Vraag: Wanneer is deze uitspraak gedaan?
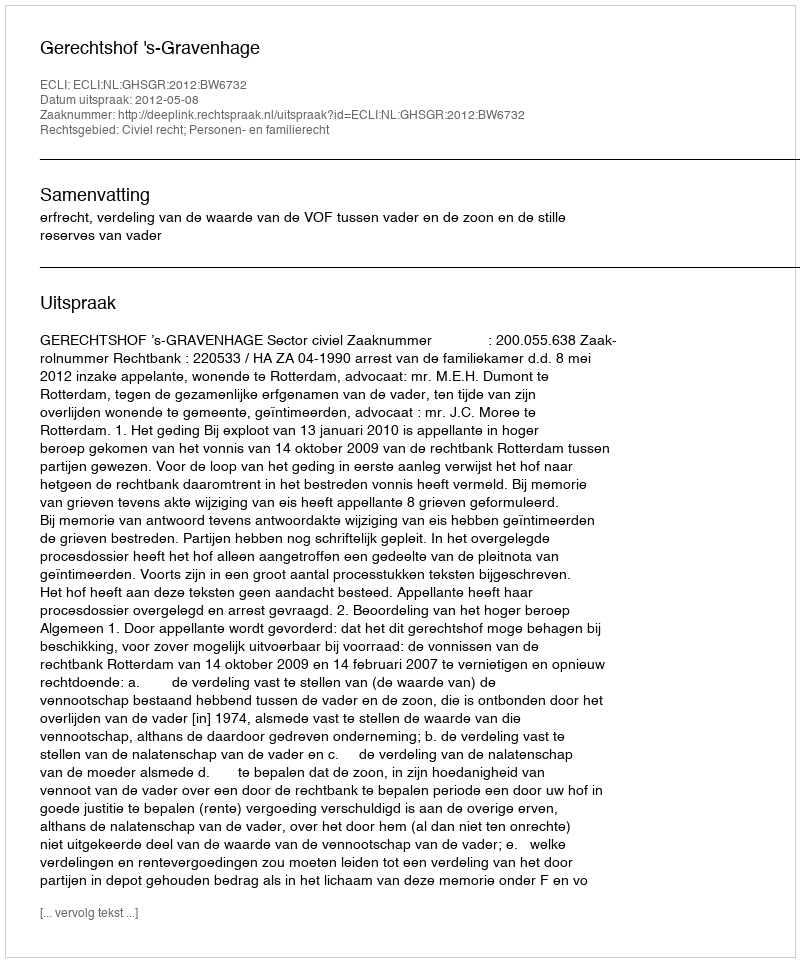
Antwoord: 2012-05-08